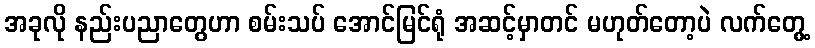
အခုလို နည်းပညာတွေဟာ စမ်းသပ် အောင်မြင်ရုံ အဆင့်မှာတင် မဟုတ်တော့ပဲ လက်တွေ့